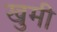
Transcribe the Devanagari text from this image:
खुमी